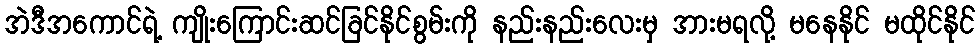
အဲဒီအကောင်ရဲ့ ကျိုးကြောင်းဆင်ခြင်နိုင်စွမ်းကို နည်းနည်းလေးမှ အားမရလို့ မနေနိုင် မထိုင်နိုင်